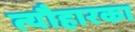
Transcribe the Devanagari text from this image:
त्यौहारका